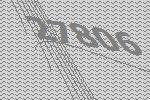
27806